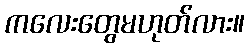
ကလေးတွေမဟုတ်လား။